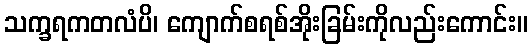
သက္ခရကတလံပိ၊ ကျောက်စရစ်အိုးခြမ်းကိုလည်းကောင်း။